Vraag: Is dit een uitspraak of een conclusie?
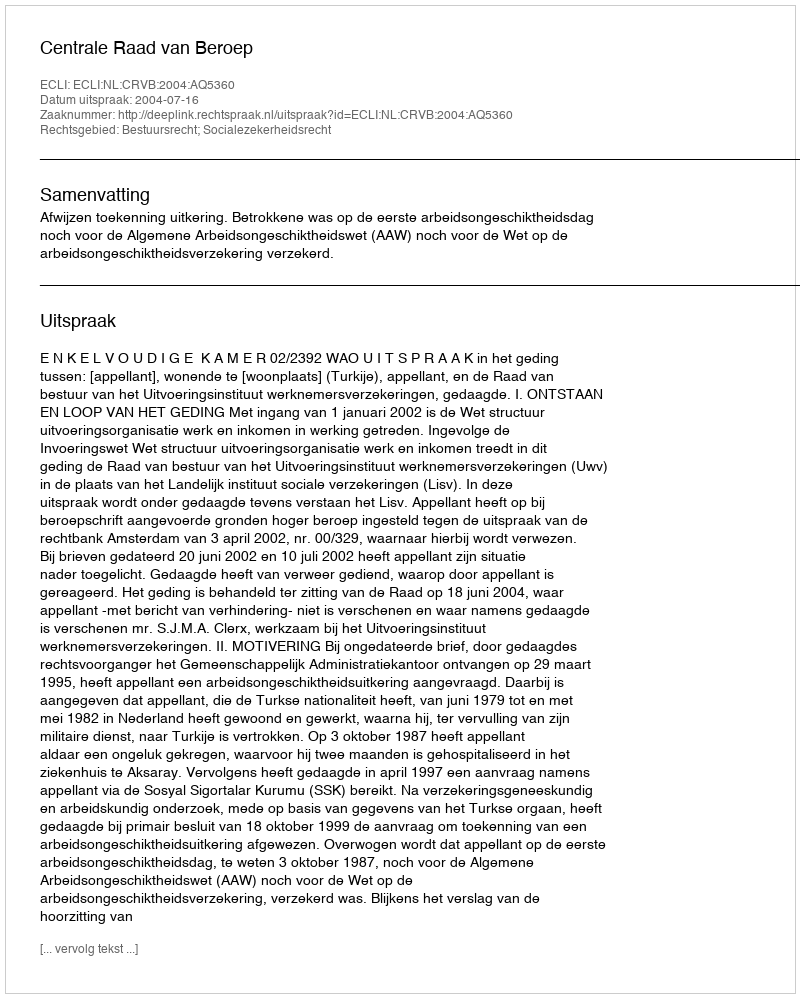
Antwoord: Uitspraak